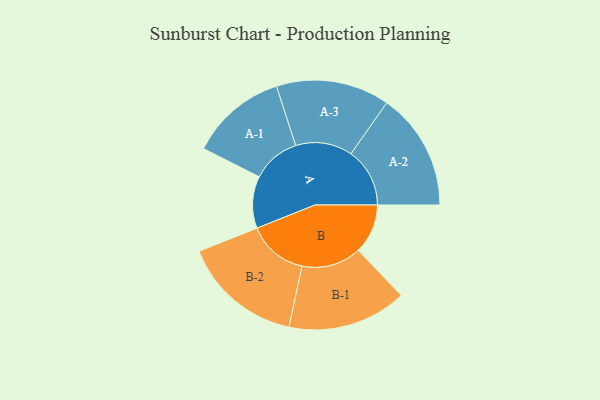
{"axis": {"x": "Segment", "y": "Value"}, "legend": ["", "A", "B"], "data": [{"x": "A", "y": 259, "type": ""}, {"x": "B", "y": 247, "type": ""}, {"x": "A-1", "y": 241, "type": "A"}, {"x": "A-2", "y": 293, "type": "A"}, {"x": "A-3", "y": 283, "type": "A"}, {"x": "B-1", "y": 297, "type": "B"}, {"x": "B-2", "y": 300, "type": "B"}]}